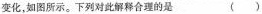
变化，如图所示。下列对此解释合理的是（）